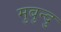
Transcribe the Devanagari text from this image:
मुबुन्दु